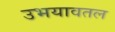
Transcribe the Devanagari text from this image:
उभयावतल